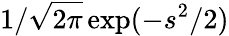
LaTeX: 1/\sqrt{2\pi}\exp(-s^{2}/2)